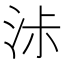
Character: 𰛧